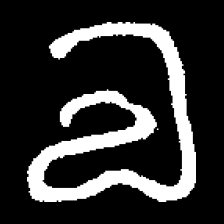
Pyu character \u2014 Myanmar letter: လ (romanized: la)